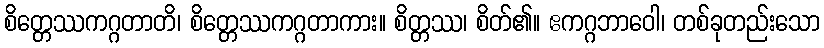
စိတ္တေဿကဂ္ဂတာတိ၊ စိတ္တေဿကဂ္ဂတာကား။ စိတ္တဿ၊ စိတ်၏။ ဧကဂ္ဂဘာဝေါ၊ တစ်ခုတည်းသော